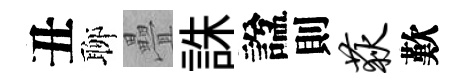
丑聊疊誅諡則荻歎